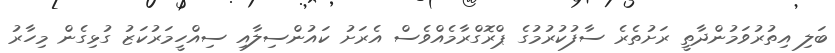
ބަލި އިތުރުވަމުންދާތީ ރަށުތެރެ ސާފުކުރުމުގެ ޕްރޮގްރާމެއްވެސް އެރަށު ކައުންސިލާއި ސިއްހީމަރުކަޒު ގުޅިގެން މިހާރު